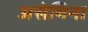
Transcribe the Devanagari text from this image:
असेमिना